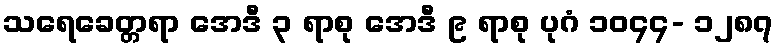
သရေခေတ္တရာ အေဒီ ၃ ရာစု အေဒီ ၉ ရာစု ပုဂံ ၁၀၄၄- ၁၂၈၇